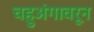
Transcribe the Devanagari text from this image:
चहुअंगावरून